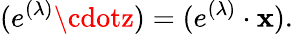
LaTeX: (e^{(\lambda)}\cdotz)=(e^{(\lambda)}\cdot\mathbf{x}).